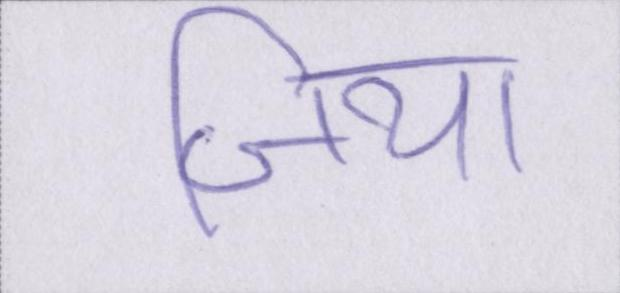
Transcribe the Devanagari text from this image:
जिया